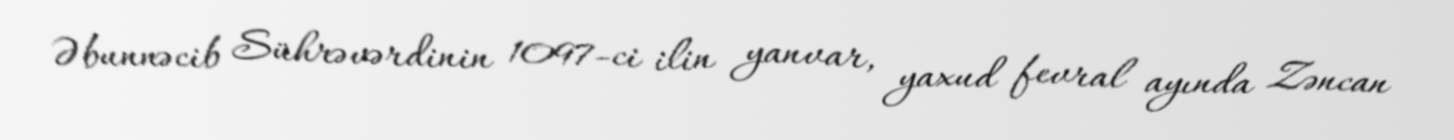
Əbunnəcib Sührəvərdinin 1097-ci ilin yanvar, yaxud fevral ayında Zəncan